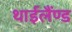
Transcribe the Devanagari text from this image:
थाईलैंण्ड